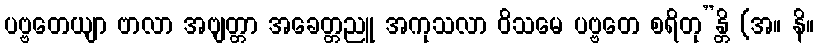
ပဗ္ဗတေယျာ ဗာလာ အဗျတ္တာ အခေတ္တညူ အကုသလာ ဝိသမေ ပဗ္ဗတေ စရိတု”န္တိ (အ။ နိ။